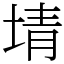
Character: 埥